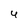
Character: 4